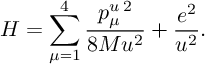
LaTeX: H = \sum _ { \mu = 1 } ^ { 4 } \frac { p _ { \mu } ^ { u } { } ^ { \, 2 } } { 8 M u ^ { 2 } } + \frac { e ^ { 2 } } { u ^ { 2 } } .